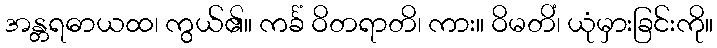
အန္တရဓာယထ၊ ကွယ်၏။ ကင်္ခံ ဝိတရာတိ၊ ကား။ ဝိမတိံ၊ ယုံမှားခြင်းကို။